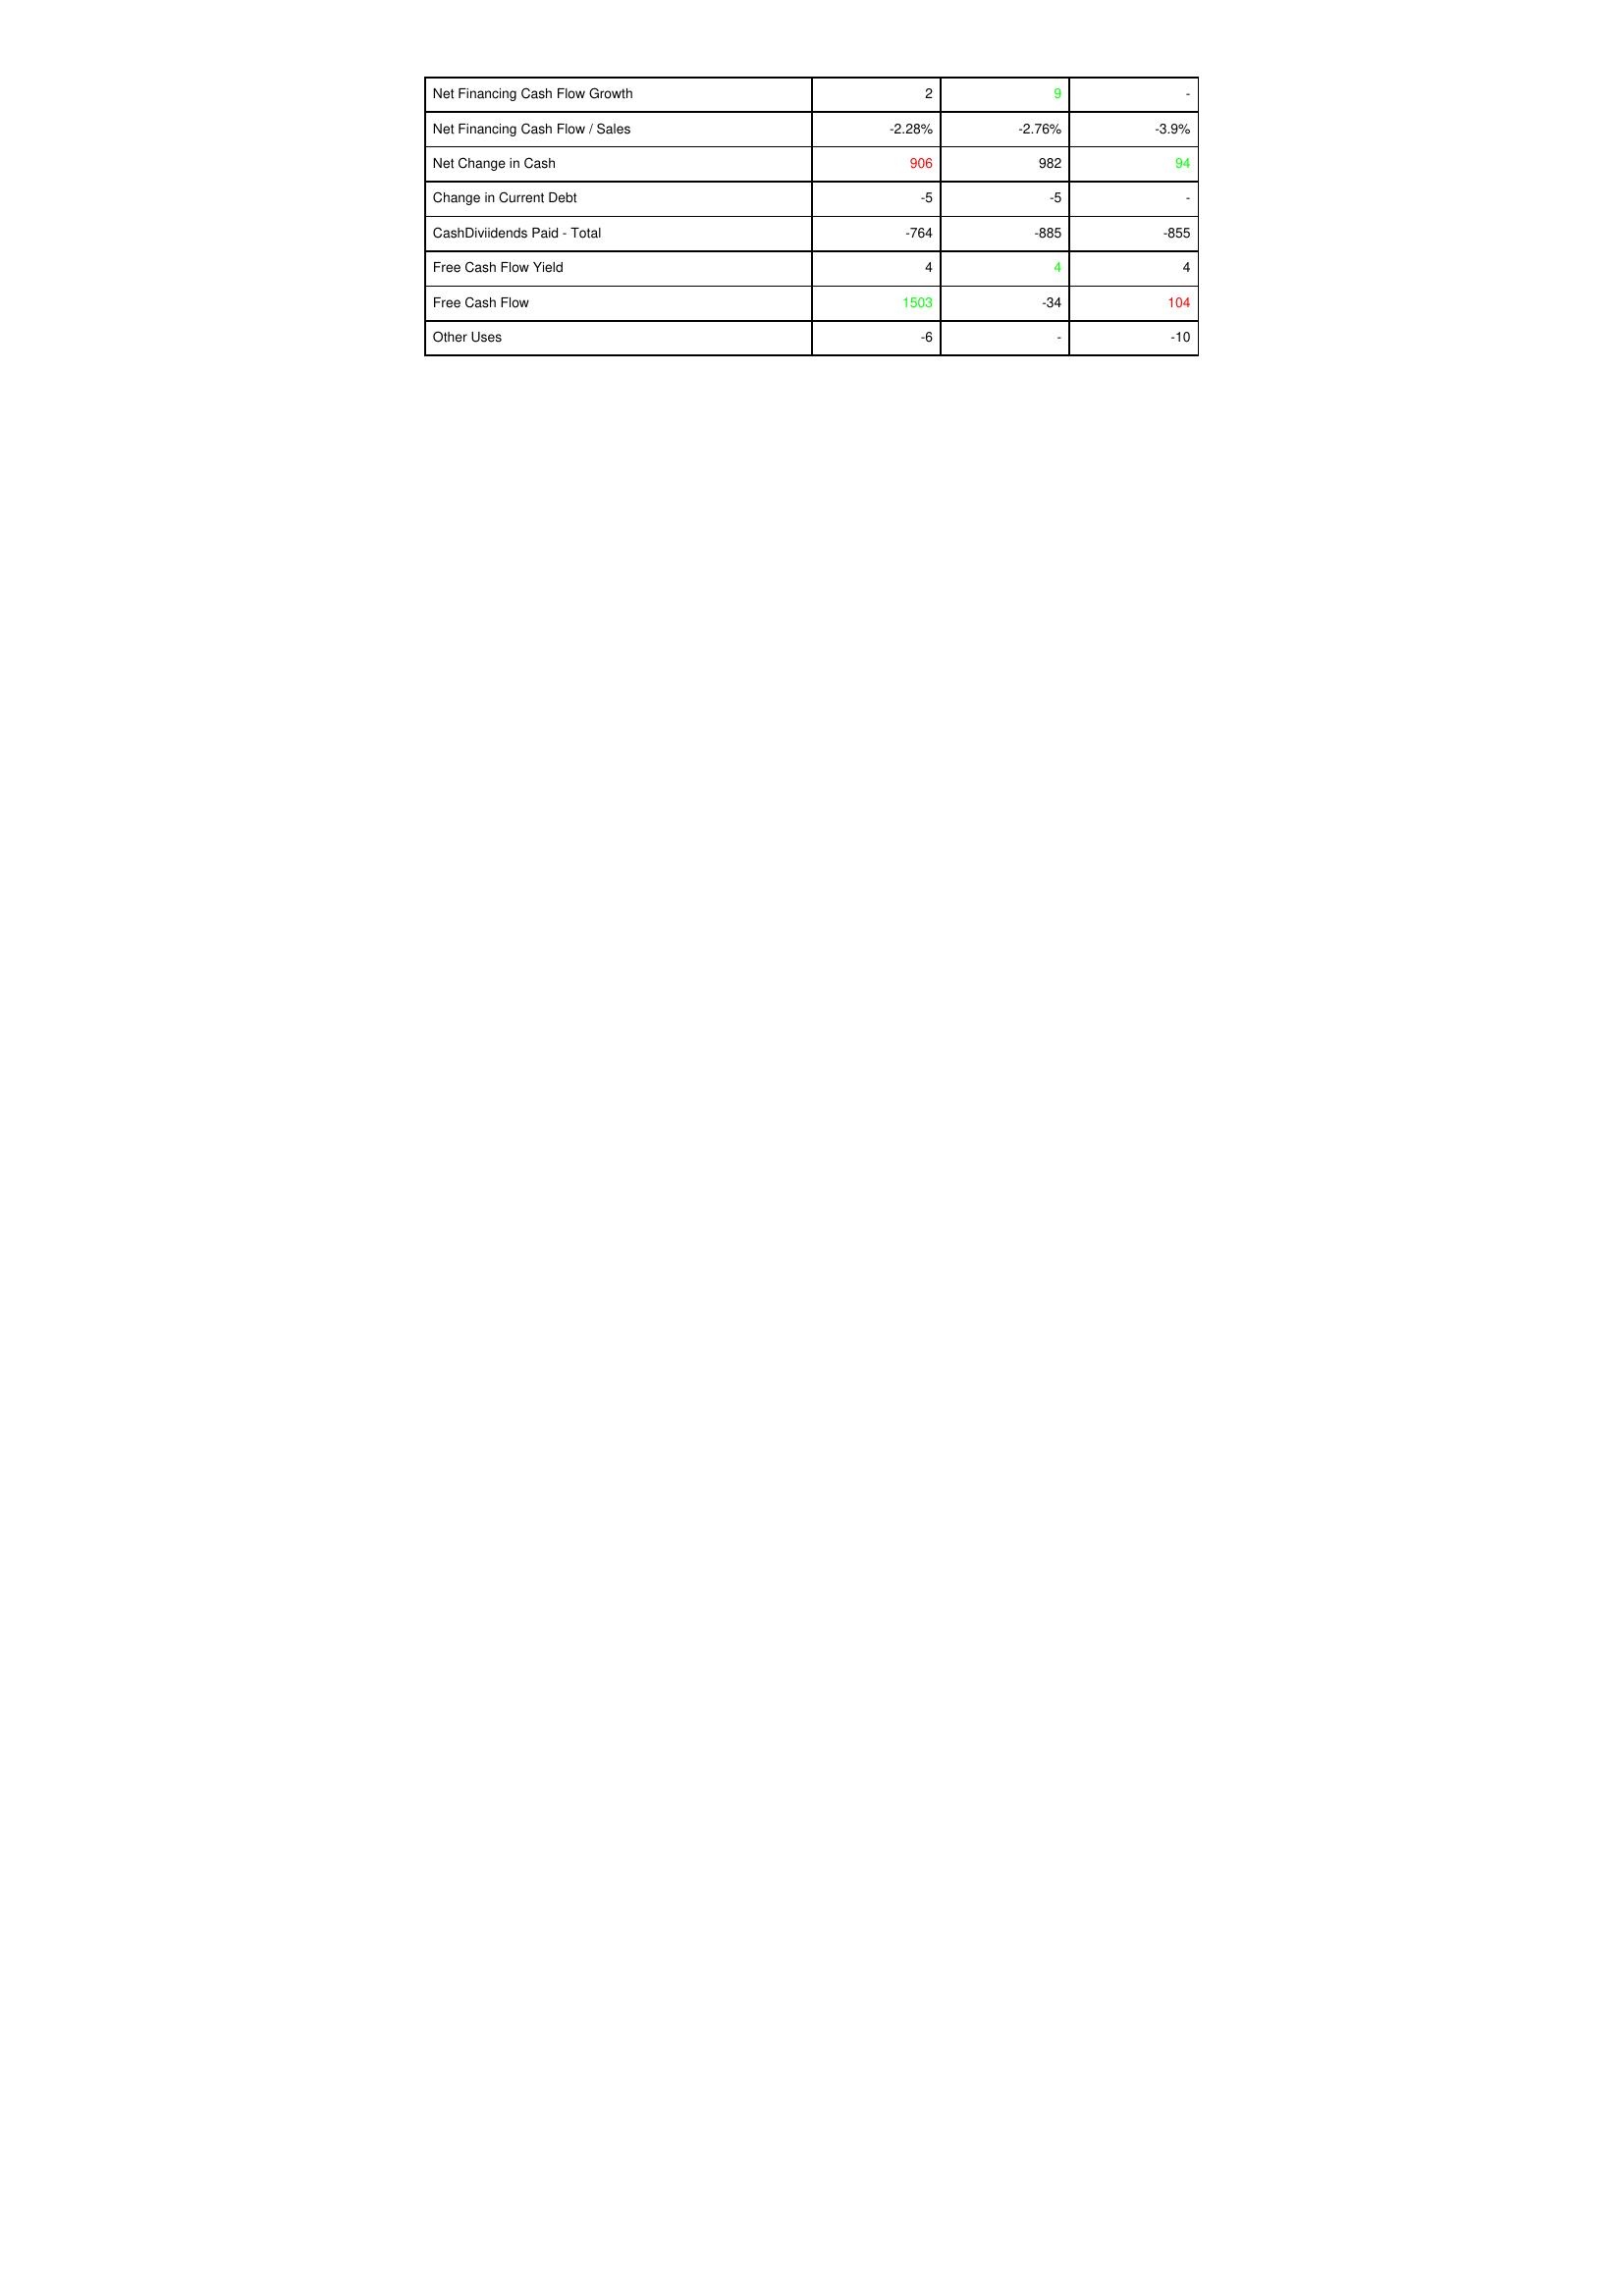
gt_parse: 2008: Financing Activities: Net Financing Cash Flow Growth: 2
Net Financing Cash Flow / Sales: -2.28%
Net Change in Cash: 906
Change in Current Debt: -5
CashDiviidends Paid - Total: -764
Free Cash Flow Yield: 4
Free Cash Flow: 1503
Other Uses: -6
2007: Financing Activities: Net Financing Cash Flow Growth: 9
Net Financing Cash Flow / Sales: -2.76%
Net Change in Cash: 982
Change in Current Debt: -5
CashDiviidends Paid - Total: -885
Free Cash Flow Yield: 4
Free Cash Flow: -34
Other Uses: -
2006: Financing Activities: Net Financing Cash Flow Growth: -
Net Financing Cash Flow / Sales: -3.9%
Net Change in Cash: 94
Change in Current Debt: -
CashDiviidends Paid - Total: -855
Free Cash Flow Yield: 4
Free Cash Flow: 104
Other Uses: -10